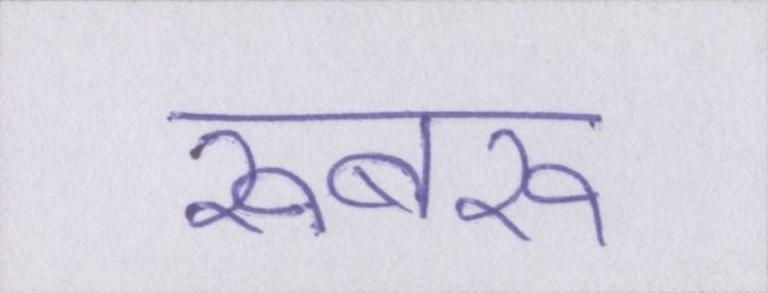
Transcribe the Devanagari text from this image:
रूबरू